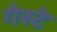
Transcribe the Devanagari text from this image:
गेस्टे